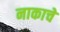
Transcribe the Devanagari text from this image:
नाकाचे